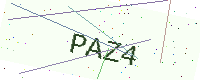
Text: PAZ4